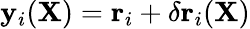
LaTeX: \mathbf{y}_{i}(\mathbf{X})=\mathbf{r}_{i}+\delta\mathbf{r}_{i}(\mathbf{X})